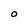
Character: O